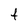
Character: f